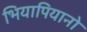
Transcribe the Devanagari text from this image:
भियापियानो